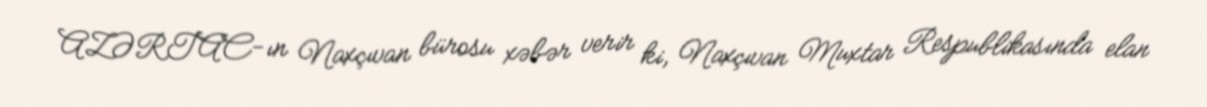
AZƏRTAC-ın Naxçıvan bürosu xəbər verir ki, Naxçıvan Muxtar Respublikasında elan